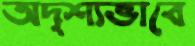
অদৃশ্যভাবে